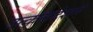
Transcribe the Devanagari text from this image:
उत्कलदेशमे